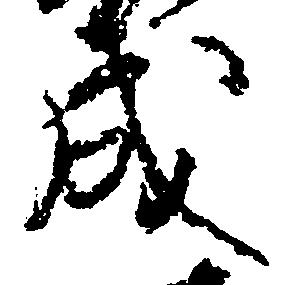
成